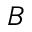
B